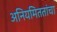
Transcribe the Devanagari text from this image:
अनियमिततांचा